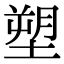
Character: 塑